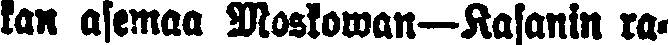
kan asemaa Moskowan—Kasanin ra-